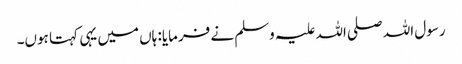
رسول اللہ صلی اللہ علیہ وسلم نے فرمایا: ہاں میں یہی کہتا ہوں۔